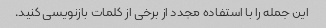
این جمله را با استفاده مجدد از برخی از کلمات بازنویسی کنید.